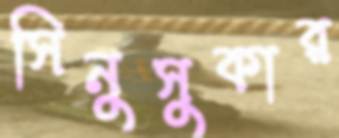
সিনুসুকার